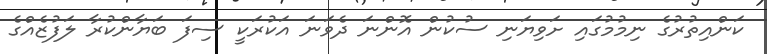
ކަންއިތުރުގެ ނިމުމުގައި ށަވިޔަނި ސުކުން އޮންނަ ދެވަނަ އަކުރަކީ ސިފަ ބަޔާންކުރާ ލަފުޒެއްގެ